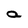
Character: a